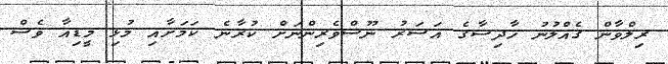
ރިލްވާން ގެއްލުނު ހާދިސާގެ އަސަރު ނޫސްވެރިންނަށް ކުރާނެ ކަމަށާއި މުޅި މީޑިއާ ވެސް